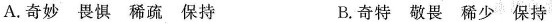
A.奇妙 畏惧 稀疏 保持 B.奇特 敬畏 稀少 保持